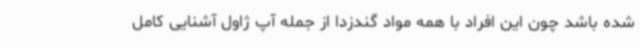
شده باشد چون این افراد با همه مواد گندزدا از جمله آپ ژاول آشنایی کامل